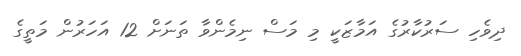
ދިވެހި ސަރުކާރުގެ އަމާޒަކީ މި މަސް ނިމެންވާ ތަނަށް 12 އަހަރުން މަތީގެ